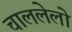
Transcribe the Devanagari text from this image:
चाललेलो